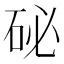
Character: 𥑖